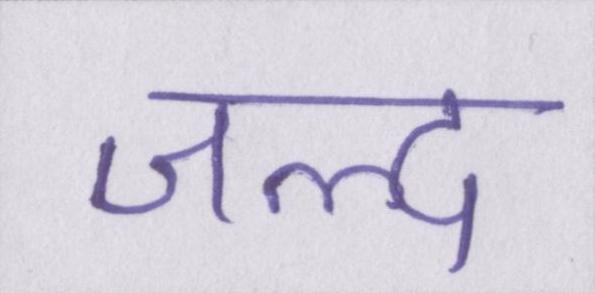
जल्द